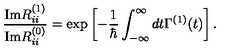
\frac { \mathrm { I m } R _ { i i } ^ { ( 1 ) } } { \mathrm { I m } R _ { i i } ^ { ( 0 ) } } = \exp \left[ - \frac { 1 } { \hbar } \int _ { - \infty } ^ { \infty } d t \Gamma ^ { ( 1 ) } ( t ) \right] .